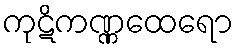
ကုဋိကဏ္ဏထေရော